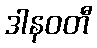
ဒါနဝတီ